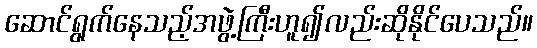
ဆောင်ရွက်နေသည့်အဖွဲ့ကြီးဟူ၍လည်းဆိုနိုင်ပေသည်။